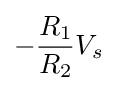
-{\frac {R_{1}}{R_{2}}}V_{s}